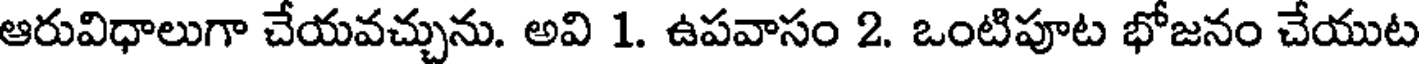
ఆరువిధాలుగా చేయవచ్చును. అవి 1. ఉపవాసం 2. ఒంటిపూట భోజనం చేయుట